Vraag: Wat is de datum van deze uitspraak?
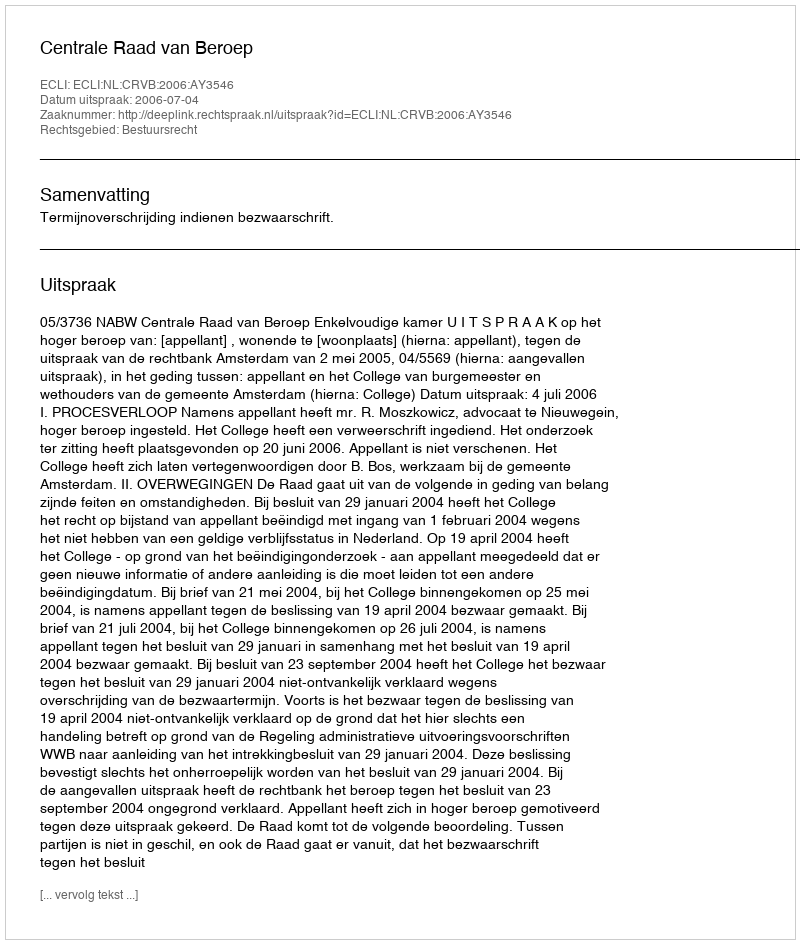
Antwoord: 2006-07-04